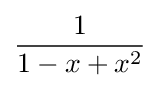
{\frac {1}{1-x+x^{2}}}